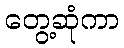
တွေ့ဆုံကာ